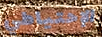
الإحتياطي